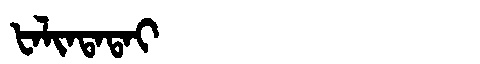
Manchu: ᡶᠠᠯᡳᠨᡨᠠᡨᠠᡳ
Romanization: FALINTATAI